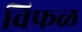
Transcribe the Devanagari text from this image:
विफळ